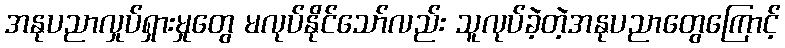
အနုပညာလှုပ်ရှားမှုတွေ မလုပ်နိုင်သော်လည်း သူလုပ်ခဲ့တဲ့အနုပညာတွေကြောင့်